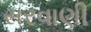
સરવાણી